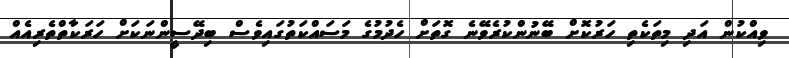
ވިއްކުން އަދި މިތަކެތި ހަރުކޮށް ބޭނުންކުރެވޭނެ ގޮތަށް ހެދުމުގެ މަސައްކަތުގައިވެސް ބިދޭސީންނަކަށް ހަރަކާތްތެރިއެއް